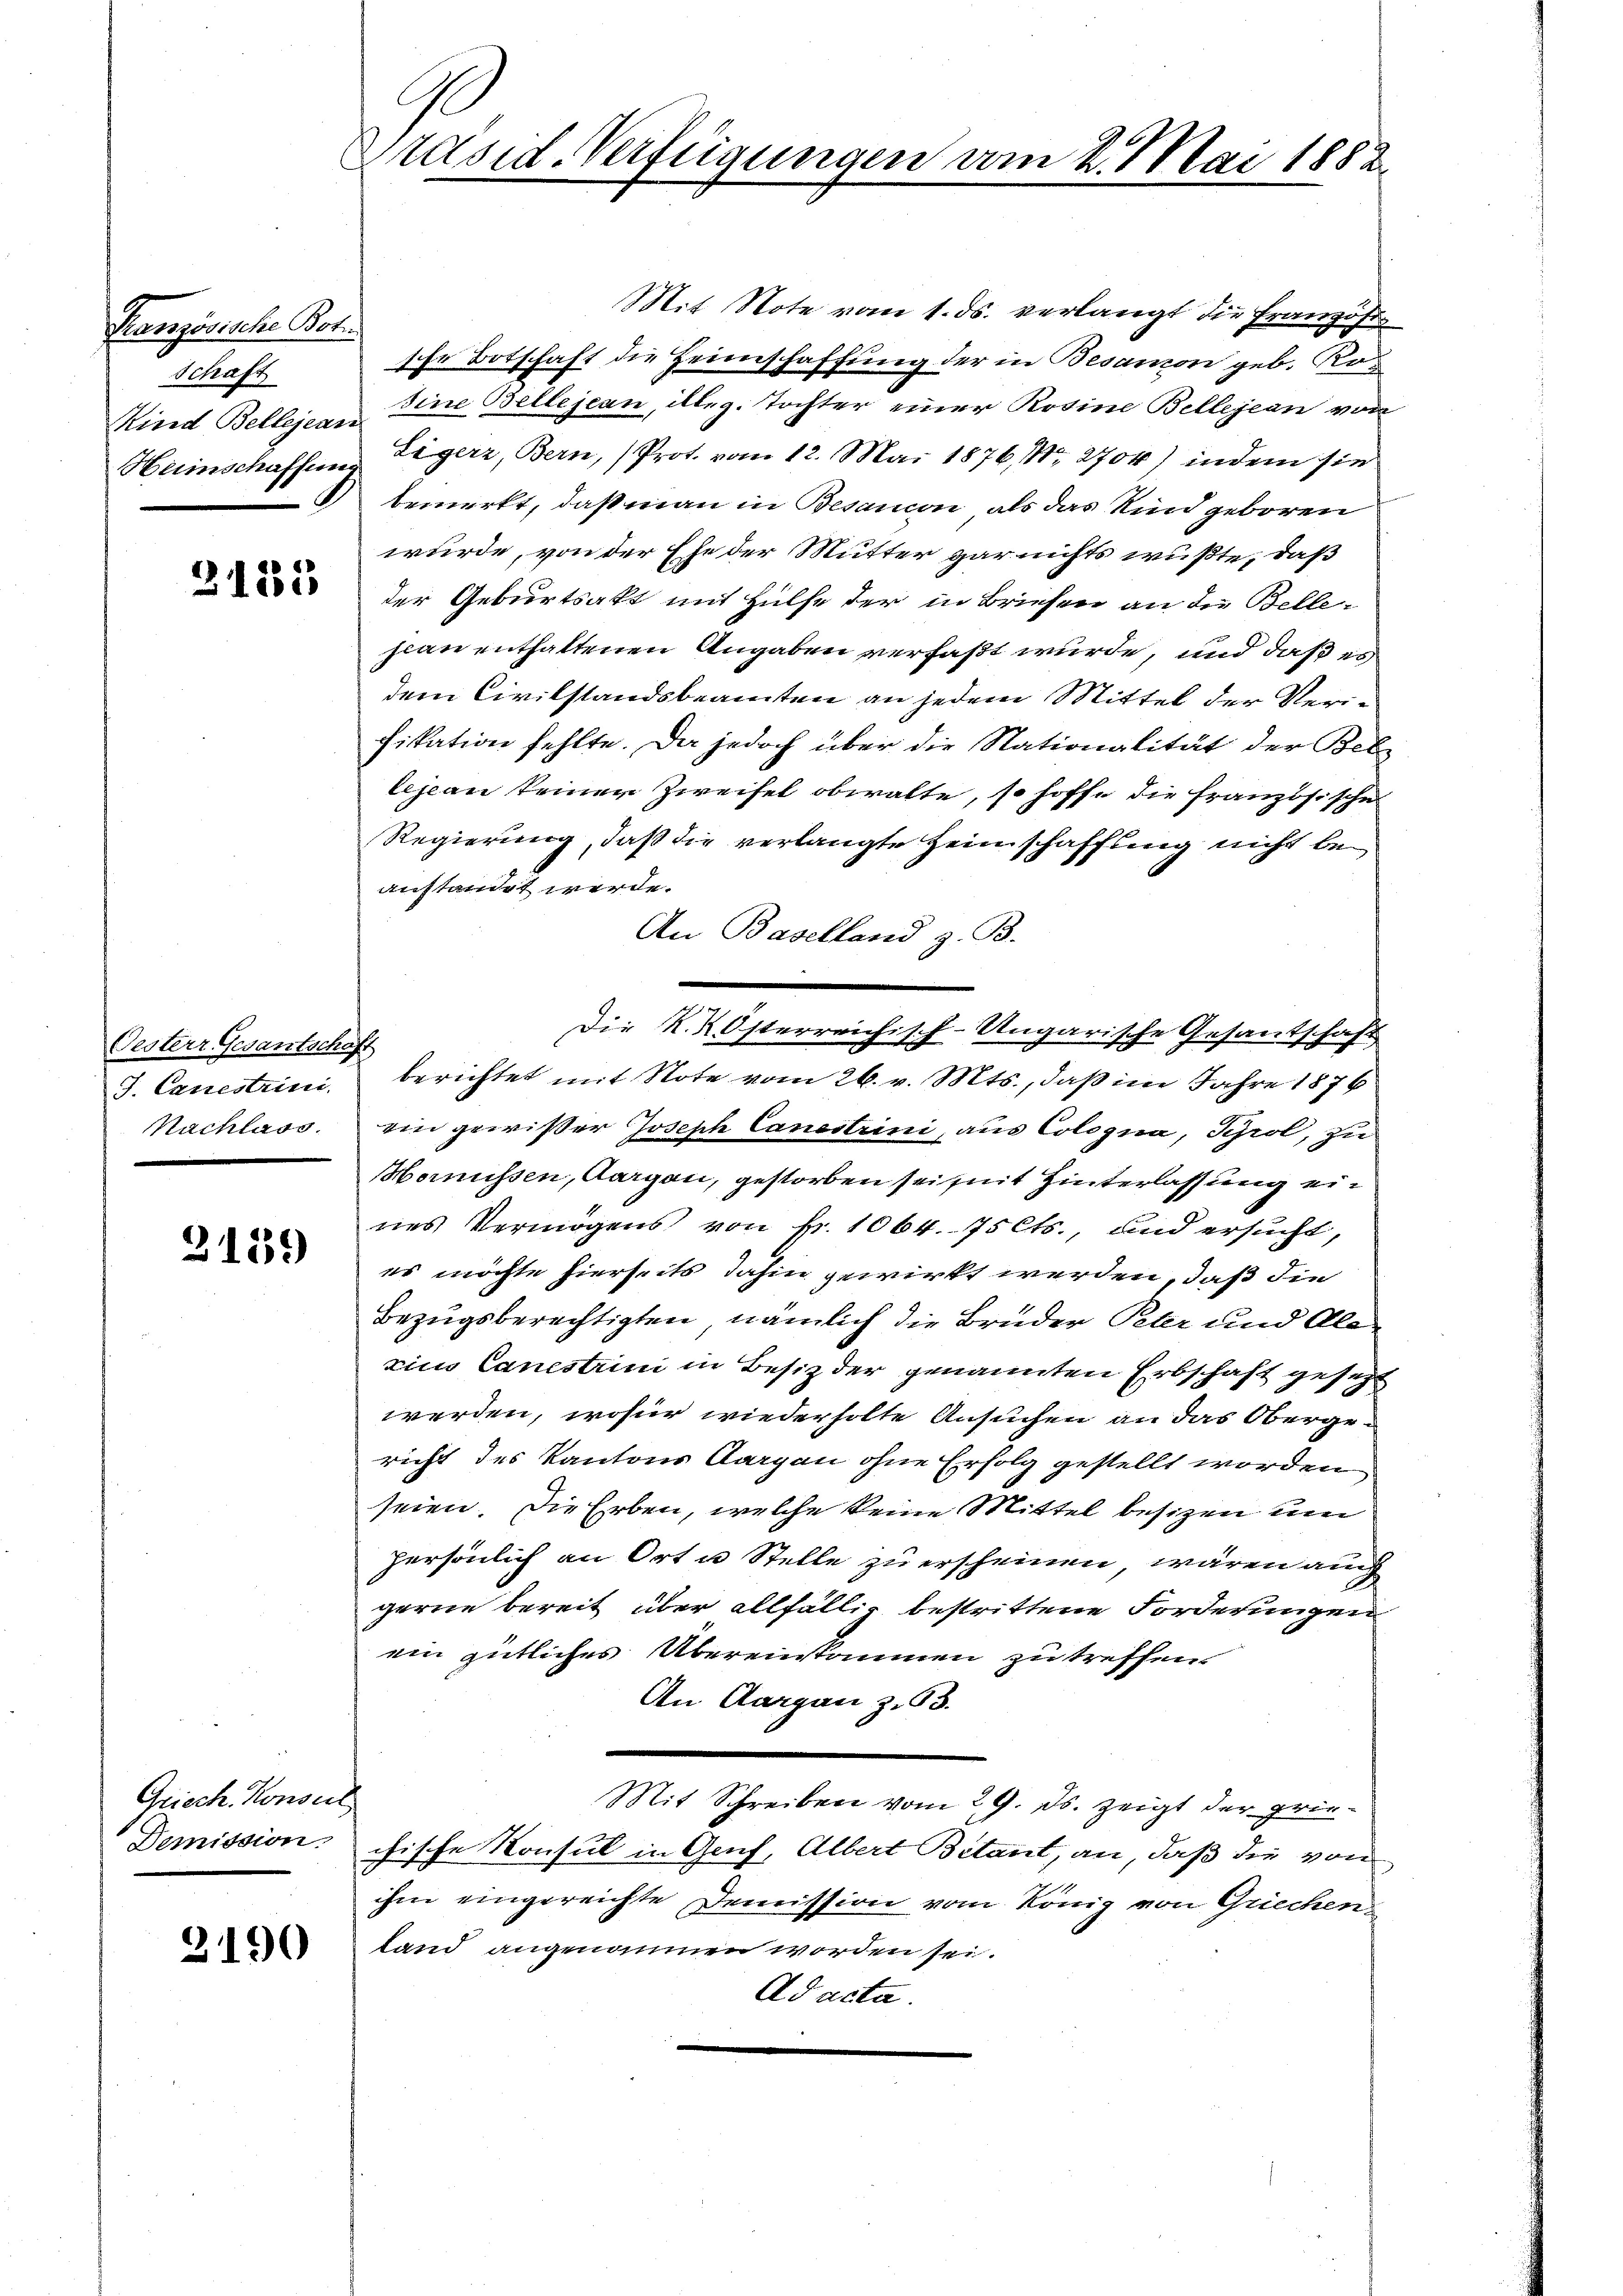
Kranzösische Bote
Schaft
Heimschaffung

3155

Oesterr Gesantschaf
J. Canestrini
Nachlass.

3139

Griech. Konseil
Demission

3190

G
Präsid. Verfügungen vom 2. Mai 1882

Mit Note vom 1. ds. verlangt die Französte
sche Botschaft die Heimschaffung der in Besamon geb. Ro¬
Kind Bellejann eine Bellejean, illeg. Tochter einer Rosine Bellejean von
Eigerz, Bern, Prot. vom 12. Mai 1876, Nr. 2704) indem sie
bemerkt, daß man in Besanon als das Kind geboren
wurde, von der Ehe der Mutter gar nichts wüßte, daß
der Geburtsakt mit Hülfe der in Briefen an die Belleplan enthaltenen Angaben verfaßt wurde, und daß es
dem Civilstandsbeamten an jedem Mittel der Verfikation fehlte. Da jedoch über die Stationalität der Bele
lejean keiner Zweifel obwalte, so hoffe die französische
Regierung, daß die verlangte Heimschaffung nicht beanstandet werde.
An Baselland z. B.
berichtet mit Note vom 26. v. Mts., daß im Jahre 1876
ein gewißer Joseph Canestrini, aus Cologna, Tyrol, zu
Homüssen, Aargau, gestorben sei mit Hinterlassung ein
nes Vermögens von Nr. 1064. 75 Cts., und ersucht,
es möchte hierseits dahin gewirkt werden, daß die
Bezugsberechtigten, nämlich die Brüder Peter und Aleeins Canestrini in Besitz der genannten Erbschaft gesetzt
werden, wofür wiederholte Ansuchen an das Obergericht des Kantons Aargau ohne Erfolg gestellt worden
seien. Die Erben, welche keine Mittel besitzen um
persönlich an Ort u Stelle zu erscheinen, wären auch
gerne bereit über allfällig bestrittene Forderungen
ein gütliches Übereinskommen zu treffen.
An Aargau z. 63.
Mit Schreiben vom 29. ds. zeigt der griechische Konsul in Genf, Albert Bitant, an, daß die von
ihm eingereichte Demission vom König von Griechen
land angenommen worden sei.
Ad acta.

Die K. K Österreichisch-Ungarische Gesantschaft